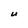
Character: U